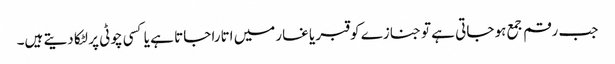
جب رقم جمع ہو جاتی ہے تو جنازے کو قبر یا غارمیں اتارا جاتا ہے یا کسی چوٹی پر لٹکا دیتے ہیں۔